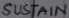
Text: SUSTAIN